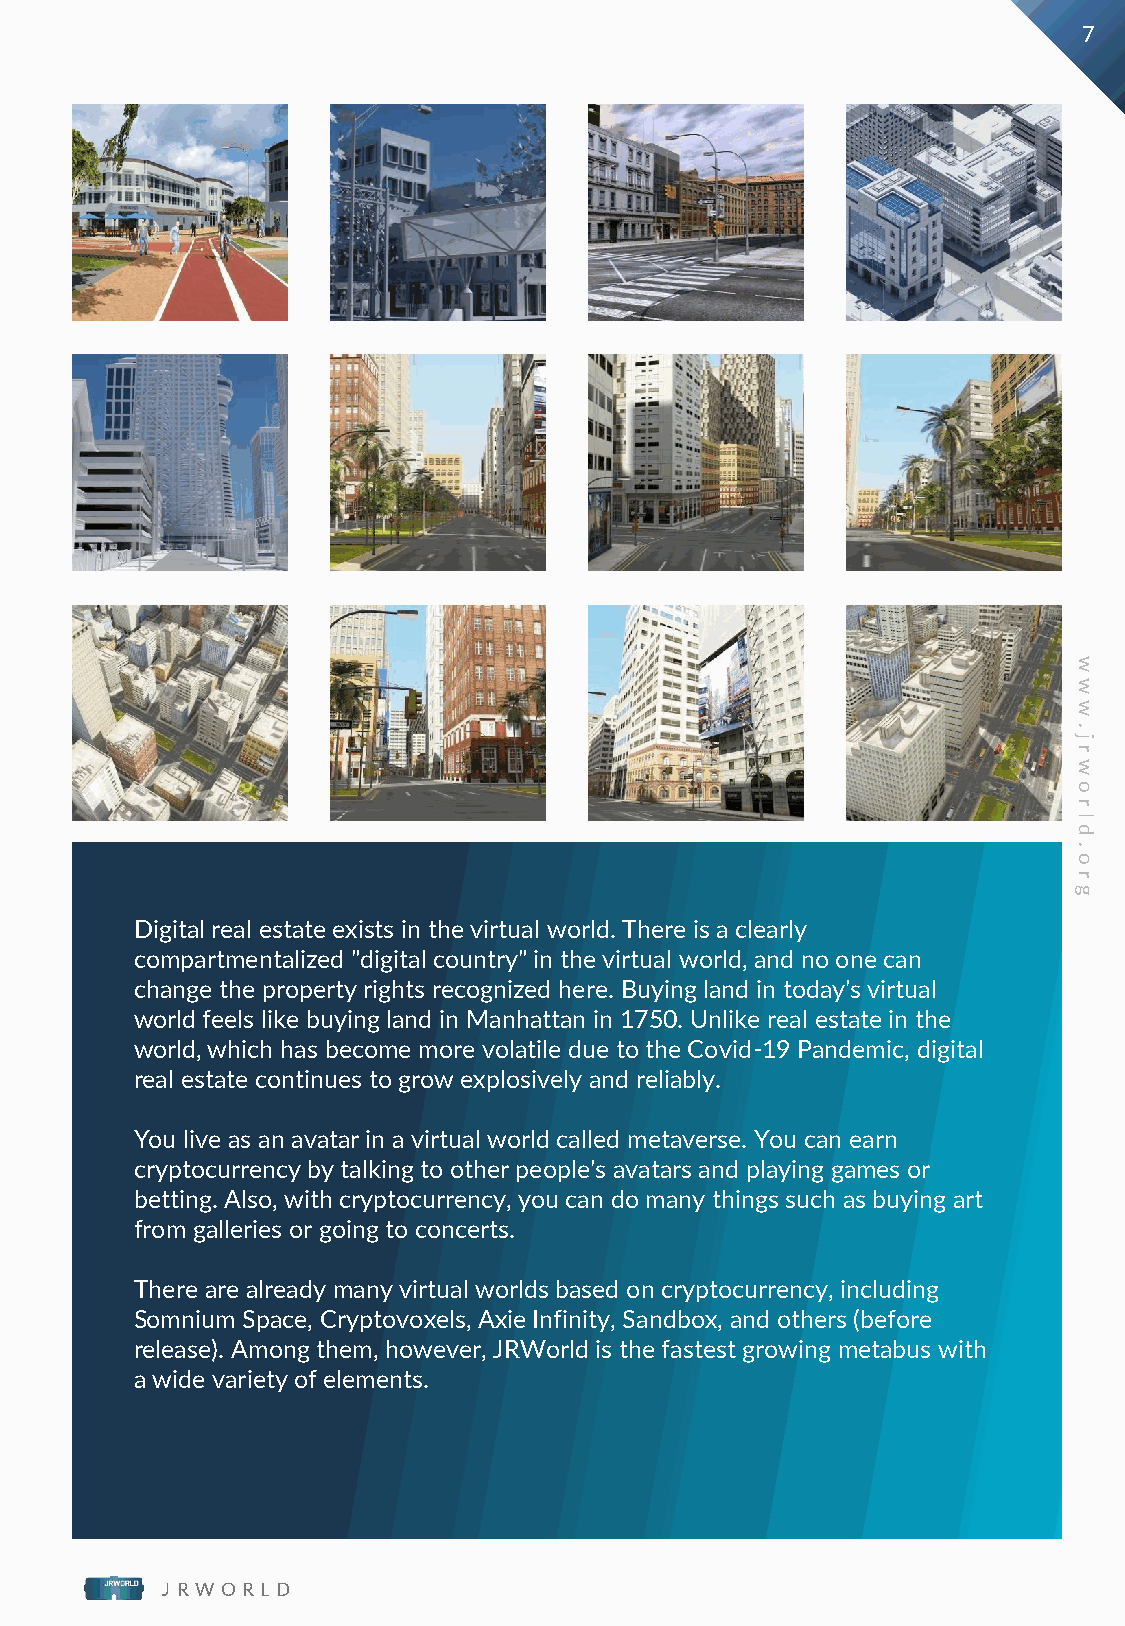
7
 w
 w
 w
 .
 j
 r
 w
 o
 r
 l
 d
 .
 o
 r
 g
 Digital real estate exists in the virtual world. There is a clearly
 compartmentalized "digital country" in the virtual world, and no one can
 change the property rights recognized here. Buying land in today's virtual
 world feels like buying land in Manhattan in 1750. Unlike real estate in the
 world, which has become more volatile due to the Covid-19 Pandemic, digital
 real estate continues to grow explosively and reliably.
 You live as an avatar in a virtual world called metaverse. You can earn
 cryptocurrency by talking to other people's avatars and playing games or
 betting. Also, with cryptocurrency, you can do many things such as buying art
 from galleries or going to concerts.
 There are already many virtual worlds based on cryptocurrency, including
 Somnium Space, Cryptovoxels, Axie Infinity, Sandbox, and others (before
 release). Among them, however, JRWorld is the fastest growing metabus with
 a wide variety of elements.
 J R W O R L D